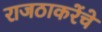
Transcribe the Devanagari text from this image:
राजठाकरेंचे